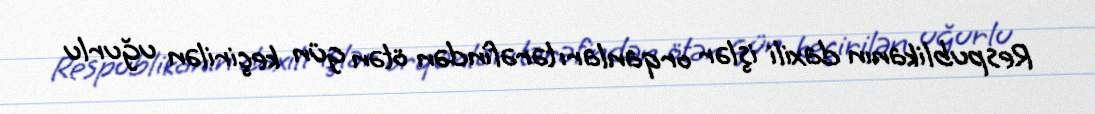
Respublikanın daxili işlər orqanları tərəfindən ötən gün keçirilən uğurlu